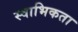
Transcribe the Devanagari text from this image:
स्वाभिकता